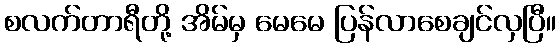
စလက်တာရီတို့ အိမ်မှ မေမေ ပြန်လာစေချင်လှပြီ။